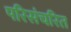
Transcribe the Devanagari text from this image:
परिसंचरित